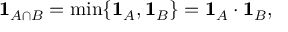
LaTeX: \mathbf { 1 } _ { A \cap B } = \operatorname* { m i n } \{ \mathbf { 1 } _ { A } , \mathbf { 1 } _ { B } \} = \mathbf { 1 } _ { A } \cdot \mathbf { 1 } _ { B } ,